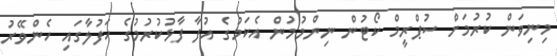
މިނިވަން ކުރުމަށް ސުޕްރީމް ކޯޓުން ނިންމުމުން އެކަމުގެ އުފާ ފާޅުކުރުމުގެ ހަފުލާގައި ހެންވޭރު